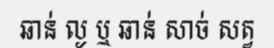
ឆាន់ ល្ង ឬ ឆាន់ សាច់ សត្វ